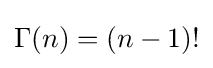
\Gamma (n)=(n-1)!